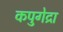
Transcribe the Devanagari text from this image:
कपुगेद्रा